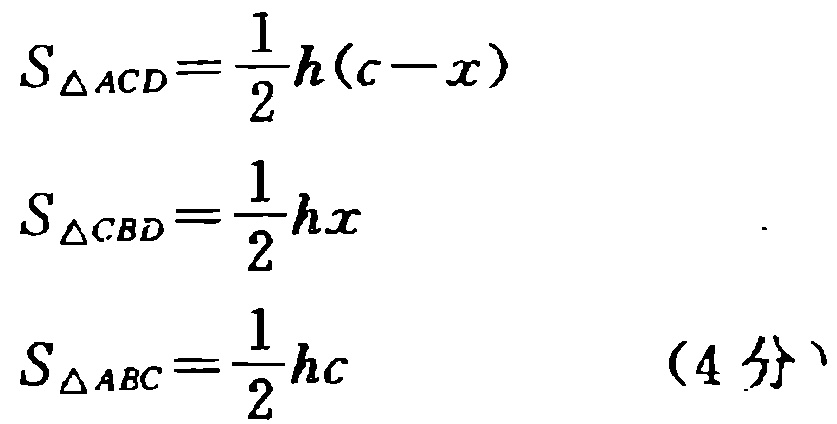
\[
S_{\triangle ACD}=\frac{1}{2}h(c - x)
\]
\[
S_{\triangle CBD}=\frac{1}{2}hx
\]
\[
S_{\triangle ABC}=\frac{1}{2}hc \quad (4分)
\]